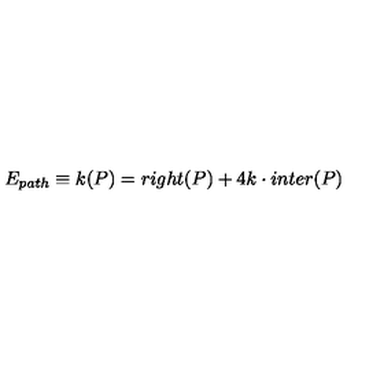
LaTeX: E _ { p a t h } \equiv k ( P ) = r i g h t ( P ) + 4 k \cdot i n t e r ( P )